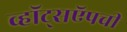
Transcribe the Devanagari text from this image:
व्हॉट्सऍपची